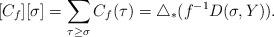
LaTeX: \begin{align*}[C_f][\sigma]=\sum_{\tau\geq\sigma}C_f(\tau)=\triangle_\ast(f^{-1}D(\sigma,Y)).\end{align*}